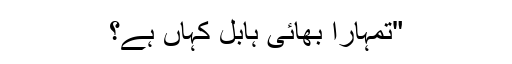
"تمہارا بھائی ہابل کہاں ہے؟